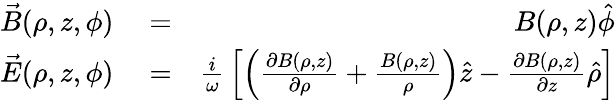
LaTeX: \begin{array}{rlr}{\vec{B}(\rho,z,\phi)}&{{}=}&{B(\rho,z)\hat{\phi}}\\ {\vec{E}(\rho,z,\phi)}&{{}=}&{{\frac{i}{\omega}}\left[\left({\frac{\partial B(\rho,z)}{\partial\rho}}+{\frac{B(\rho,z)}{\rho}}\right)\hat{z}-{\frac{\partial B(\rho,z)}{\partial z}}\hat{\rho}\right]}\end{array}